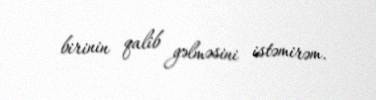
birinin qalib gəlməsini istəmirəm.